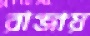
রাজায়